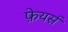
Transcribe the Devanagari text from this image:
फ़ेयर्स